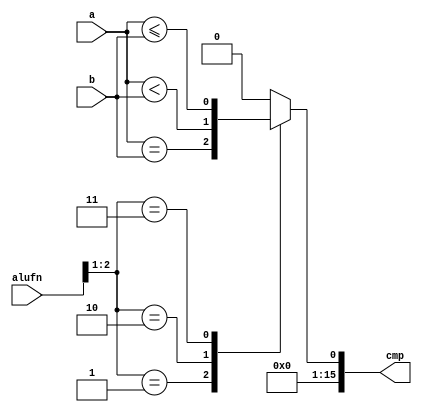
/*
   This file was generated automatically by the Mojo IDE version B1.3.6.
   Do not edit this file directly. Instead edit the original Lucid source.
   This is a temporary file and any changes made to it will be destroyed.
*/

module compare_20 (
    input [5:0] alufn,
    input [15:0] a,
    input [15:0] b,
    output reg [15:0] cmp
  );
  
  
  
  reg comp;
  
  always @* begin
    
    case (alufn[1+1-:2])
      2'h1: begin
        comp = a == b;
      end
      2'h2: begin
        comp = a < b;
      end
      2'h3: begin
        comp = a <= b;
      end
      default: begin
        comp = 1'h0;
      end
    endcase
    cmp[0+0-:1] = comp;
    cmp[1+14-:15] = 7'h00;
  end
endmodule